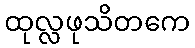
ထုလ္လဖုသိတကေ